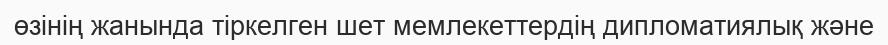
өзінің жанында тіркелген шет мемлекеттердің дипломатиялық және